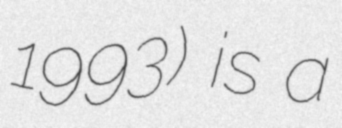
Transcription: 1993) is a